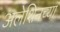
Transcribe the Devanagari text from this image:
अलेशिनच्या